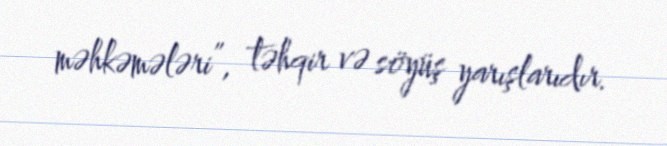
məhkəmələri”, təhqir və söyüş yarışlarıdır.